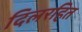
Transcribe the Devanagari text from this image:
दिलरहित